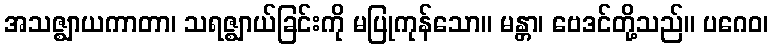
အသဇ္ဈာယကာတာ၊ သရဇ္ဈာယ်ခြင်းကို မပြုကုန်သော။ မန္တာ၊ ဗေဒင်တို့သည်။ ပဂေဝ၊